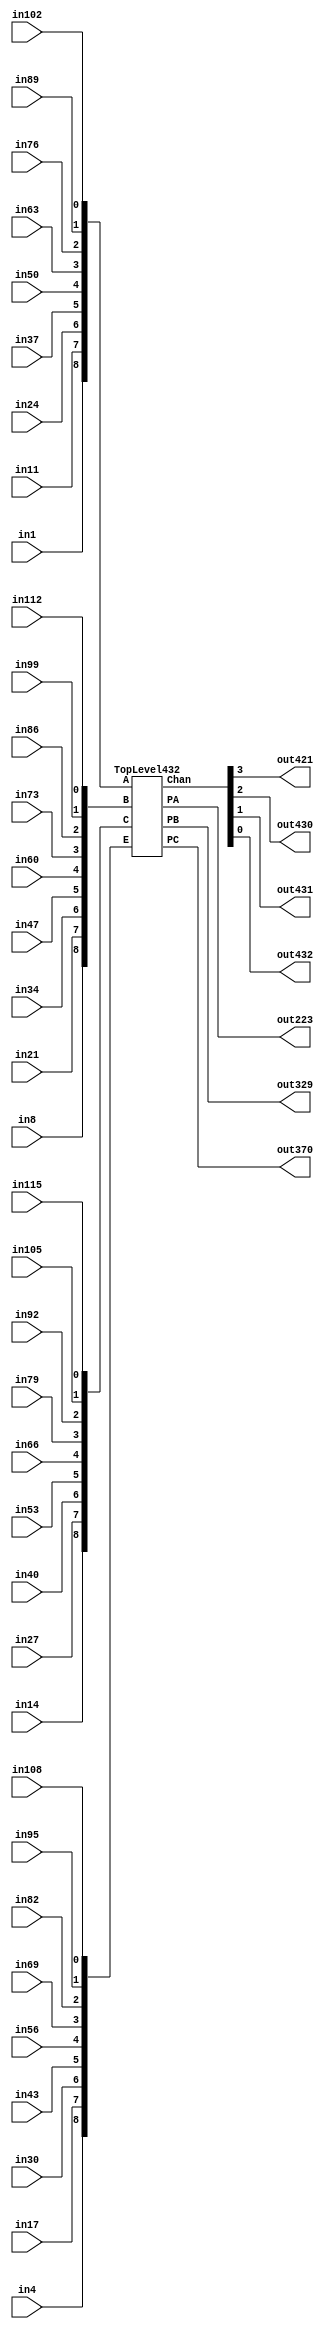
module Circuit432 (in4, in17, in30, in43, in56, in69, in82, in95, in108,
                  in1, in11, in24, in37, in50, in63, in76, in89, in102,
                  in8, in21, in34, in47, in60, in73, in86, in99, in112,
                  in14, in27, in40, in53, in66, in79, in92, in105, in115,
                  out223, out329, out370,
                  out421, out430, out431, out432);

  input         in4, in17, in30, in43, in56, in69, in82, in95, in108,
                in1, in11, in24, in37, in50, in63, in76, in89, in102,
                in8, in21, in34, in47, in60, in73, in86, in99, in112,
                in14, in27, in40, in53, in66, in79, in92, in105, in115;
  output        out223, out329, out370,
                out421, out430, out431, out432;

  wire[8:0]     A, B, C, E;
  wire          PA, PB, PC;
  wire[3:0]     Chan;

  assign
      E[8:0] = { in4, in17, in30, in43, in56, in69, in82, in95, in108 },
      A[8:0] = { in1, in11, in24, in37, in50, in63, in76, in89, in102 },
      B[8:0] = { in8, in21, in34, in47, in60, in73, in86, in99, in112 },
      C[8:0] = { in14, in27, in40, in53, in66, in79, in92, in105, in115 },
      PA = out223,
      PB = out329,
      PC = out370,
      Chan[3:0] = { out421, out430, out431, out432 };

  TopLevel432 Ckt432 (E, A, B, C, PA, PB, PC, Chan);

endmodule /* Circuit432 */

/*************************************************************************/

module TopLevel432 (E, A, B, C, PA, PB, PC, Chan);

  input[8:0]	E, A, B, C;
  output     	PA, PB, PC;
  output[3:0] Chan;
  wire[8:0] X1, X2, I;

  PriorityA M1(E, A, PA, X1);
  PriorityB M2(E, X1, B, PB, X2);
  PriorityC M3(E, X1, X2, C, PC);
  EncodeChan M4(E, A, B, C, PA, PB, PC, I);
  DecodeChan M5(I, Chan);

endmodule /* TopLevel432 */

/*************************************************************************/

module PriorityA(E, A, PA, X1);

  input[8:0] E, A;
  output     PA;
  output[8:0] X1;
  
  wire PAi;
  wire[8:0] Ab, EAb;

  not Ab0(Ab[0], A[0]);
  not Ab1(Ab[1], A[1]);
  not Ab2(Ab[2], A[2]);
  not Ab3(Ab[3], A[3]);
  not Ab4(Ab[4], A[4]);
  not Ab5(Ab[5], A[5]);
  not Ab6(Ab[6], A[6]);
  not Ab7(Ab[7], A[7]);
  not Ab8(Ab[8], A[8]);
    
  nand EAb0(EAb[0], Ab[0], E[0]); 
  nand EAb1(EAb[1], Ab[1], E[1]); 
  nand EAb2(EAb[2], Ab[2], E[2]); 
  nand EAb3(EAb[3], Ab[3], E[3]); 
  nand EAb4(EAb[4], Ab[4], E[4]); 
  nand EAb5(EAb[5], Ab[5], E[5]); 
  nand EAb6(EAb[6], Ab[6], E[6]); 
  nand EAb7(EAb[7], Ab[7], E[7]); 
  nand EAb8(EAb[8], Ab[8], E[8]); 

  and PAigate(PAi, EAb[0], EAb[1], EAb[2], EAb[3], EAb[4], EAb[5], EAb[6], EAb[7]);
  nand PAgate(PA, PAi, EAb[8]);

  xor X10(X1[0], PA, EAb[0]);
  xor X11(X1[1], PA, EAb[1]);
  xor X12(X1[2], PA, EAb[2]);
  xor X13(X1[3], PA, EAb[3]);
  xor X14(X1[4], PA, EAb[4]);
  xor X15(X1[5], PA, EAb[5]);
  xor X16(X1[6], PA, EAb[6]);
  xor X17(X1[7], PA, EAb[7]);
  xor X18(X1[8], PA, EAb[8]);

endmodule /* PriorityA */

/*************************************************************************/

module PriorityB(E, X1, B, PB, X2);

  input[8:0] E, X1, B;
  output     PB;
  output[8:0] X2;
  
  wire[8:0] Eb, EbB, XEB;

  not Eb0(Eb[0], E[0]);
  not Eb1(Eb[1], E[1]);
  not Eb2(Eb[2], E[2]);
  not Eb3(Eb[3], E[3]);
  not Eb4(Eb[4], E[4]);
  not Eb5(Eb[5], E[5]);
  not Eb6(Eb[6], E[6]);
  not Eb7(Eb[7], E[7]);
  not Eb8(Eb[8], E[8]);
    
  nor EbB0(EbB[0], Eb[0], B[0]);
  nor EbB1(EbB[1], Eb[1], B[1]);
  nor EbB2(EbB[2], Eb[2], B[2]);
  nor EbB3(EbB[3], Eb[3], B[3]);
  nor EbB4(EbB[4], Eb[4], B[4]);
  nor EbB5(EbB[5], Eb[5], B[5]);
  nor EbB6(EbB[6], Eb[6], B[6]);
  nor EbB7(EbB[7], Eb[7], B[7]);
  nor EbB8(EbB[8], Eb[8], B[8]);

  nand XEB0(XEB[0], EbB[0], X1[0]); 
  nand XEB1(XEB[1], EbB[1], X1[1]); 
  nand XEB2(XEB[2], EbB[2], X1[2]); 
  nand XEB3(XEB[3], EbB[3], X1[3]); 
  nand XEB4(XEB[4], EbB[4], X1[4]); 
  nand XEB5(XEB[5], EbB[5], X1[5]); 
  nand XEB6(XEB[6], EbB[6], X1[6]); 
  nand XEB7(XEB[7], EbB[7], X1[7]); 
  nand XEB8(XEB[8], EbB[8], X1[8]); 

  and PBigate(PBi, XEB[0], XEB[1], XEB[2], XEB[3], XEB[4], XEB[5], XEB[6], XEB[7]); 
  nand PBgate(PB, PBi, XEB[8]);

  xor X20(X2[0], PB, XEB[0]);
  xor X21(X2[1], PB, XEB[1]);
  xor X22(X2[2], PB, XEB[2]);
  xor X23(X2[3], PB, XEB[3]);
  xor X24(X2[4], PB, XEB[4]);
  xor X25(X2[5], PB, XEB[5]);
  xor X26(X2[6], PB, XEB[6]);
  xor X27(X2[7], PB, XEB[7]);
  xor X28(X2[8], PB, XEB[8]);

endmodule /* PriorityB */

/*************************************************************************/

module PriorityC(E, X1, X2, C, PC);

  input[8:0] E, X1, X2, C;
  output     PC;
  
  wire[8:0] Eb, EbC, XEC;

  not Eb0(Eb[0], E[0]);
  not Eb1(Eb[1], E[1]);
  not Eb2(Eb[2], E[2]);
  not Eb3(Eb[3], E[3]);
  not Eb4(Eb[4], E[4]);
  not Eb5(Eb[5], E[5]);
  not Eb6(Eb[6], E[6]);
  not Eb7(Eb[7], E[7]);
  not Eb8(Eb[8], E[8]);
    
  nor EbC0(EbC[0], Eb[0], C[0]);
  nor EbC1(EbC[1], Eb[1], C[1]);
  nor EbC2(EbC[2], Eb[2], C[2]);
  nor EbC3(EbC[3], Eb[3], C[3]);
  nor EbC4(EbC[4], Eb[4], C[4]);
  nor EbC5(EbC[5], Eb[5], C[5]);
  nor EbC6(EbC[6], Eb[6], C[6]);
  nor EbC7(EbC[7], Eb[7], C[7]);
  nor EbC8(EbC[8], Eb[8], C[8]);

  nand XEC0(XEC[0], EbC[0], X1[0], X2[0]); 
  nand XEC1(XEC[1], EbC[1], X1[1], X2[1]); 
  nand XEC2(XEC[2], EbC[2], X1[2], X2[2]); 
  nand XEC3(XEC[3], EbC[3], X1[3], X2[3]); 
  nand XEC4(XEC[4], EbC[4], X1[4], X2[4]); 
  nand XEC5(XEC[5], EbC[5], X1[5], X2[5]); 
  nand XEC6(XEC[6], EbC[6], X1[6], X2[6]); 
  nand XEC7(XEC[7], EbC[7], X1[7], X2[7]); 
  nand XEC8(XEC[8], EbC[8], X1[8], X2[8]); 

  and PCigate(PCi, XEC[0], XEC[1], XEC[2], XEC[3], XEC[4], XEC[5], XEC[6], XEC[7]);
  nand PCgate(PC, PCi, XEC[8]);

endmodule /*PriorityC */

/*************************************************************************/

module EncodeChan(E, A, B, C, PA, PB, PC, I);

  input[8:0] E, A, B, C; 
  input PA, PB, PC;
  output[8:0] I;

  wire[8:0] APA, BPB, CPC;

  nand APA0(APA[0], A[0], PA);
  nand APA1(APA[1], A[1], PA);
  nand APA2(APA[2], A[2], PA);
  nand APA3(APA[3], A[3], PA);
  nand APA4(APA[4], A[4], PA);
  nand APA5(APA[5], A[5], PA);
  nand APA6(APA[6], A[6], PA);
  nand APA7(APA[7], A[7], PA);
  nand APA8(APA[8], A[8], PA);

  nand BPB0(BPB[0], B[0], PB);
  nand BPB1(BPB[1], B[1], PB);
  nand BPB2(BPB[2], B[2], PB);
  nand BPB3(BPB[3], B[3], PB);
  nand BPB4(BPB[4], B[4], PB);
  nand BPB5(BPB[5], B[5], PB);
  nand BPB6(BPB[6], B[6], PB);
  nand BPB7(BPB[7], B[7], PB);
  nand BPB8(BPB[8], B[8], PB);
 
  nand CPC0(CPC[0], C[0], PC);
  nand CPC1(CPC[1], C[1], PC);
  nand CPC2(CPC[2], C[2], PC);
  nand CPC3(CPC[3], C[3], PC);
  nand CPC4(CPC[4], C[4], PC);
  nand CPC5(CPC[5], C[5], PC);
  nand CPC6(CPC[6], C[6], PC);
  nand CPC7(CPC[7], C[7], PC);
  nand CPC8(CPC[8], C[8], PC);

  nand I0(I[0], E[0], APA[0], BPB[0], CPC[0]);
  nand I1(I[1], E[1], APA[1], BPB[1], CPC[1]);
  nand I2(I[2], E[2], APA[2], BPB[2], CPC[2]);
  nand I3(I[3], E[3], APA[3], BPB[3], CPC[3]);
  nand I4(I[4], E[4], APA[4], BPB[4], CPC[4]);
  nand I5(I[5], E[5], APA[5], BPB[5], CPC[5]);
  nand I6(I[6], E[6], APA[6], BPB[6], CPC[6]);
  nand I7(I[7], E[7], APA[7], BPB[7], CPC[7]);
  nand I8(I[8], E[8], APA[8], BPB[8], CPC[8]);

endmodule /* EncodeChan */

/*************************************************************************/

module DecodeChan(I, Chan);
 
  input[8:0] I;
  output[3:0] Chan;

  wire Iand, Ib8, Ib1, Ib2, Ib3, Ib5, I56, I245, I3456, I1256;

  and Iandgate(Iand, I[0], I[1], I[2], I[3], I[4], I[5], I[6], I[7]);
  not Ib8gate(Ib8, I[8]);
  nor Chan3(Chan[3], Iand, Ib8);

  not Ib1gate(Ib1, I[1]);
  not Ib2gate(Ib2, I[2]);
  not Ib3gate(Ib3, I[3]);
  not Ib5gate(Ib5, I[5]);
  
  nand I56gate(I56, Ib5, I[6]);
  nand I245gate(I245, Ib2, I[4], I[5]);
  nand I3456gate(I3456, Ib3, I[4], I[5], I[6]);
  nand I1256gate(I1256, Ib1, I[2], I[5], I[6]);

  nand Chan2(Chan[2], I[4], I[6], I[7], I56);
  nand Chan1(Chan[1], I[6], I[7], I245, I3456);
  nand Chan0(Chan[0], I[7], I56, I1256, I3456);

endmodule /* DecodeChan */